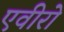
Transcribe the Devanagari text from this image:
एवीरो